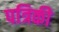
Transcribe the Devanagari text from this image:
पत्रिकी